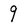
Character: 9